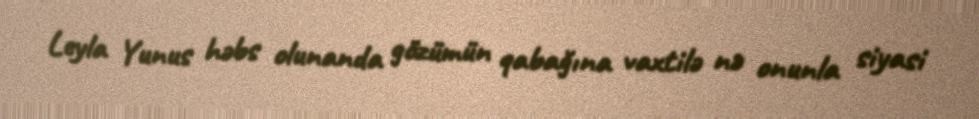
Leyla Yunus həbs olunanda gözümün qabağına vaxtilə nə onunla siyasi